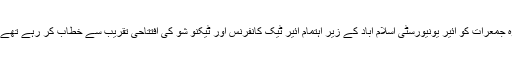
وہ جمعرات کو ائیر یونیورسٹی اسلام آباد کے زیر اہتمام ائیر ٹیک کانفرنس اور ٹیکنو شو کی افتتاحی تقریب سے خطاب کر رہے تھے ۔